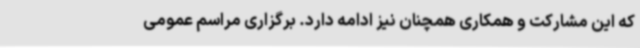
که این مشارکت و همکاری همچنان نیز ادامه دارد. برگزاری مراسم‌ عمومی